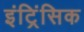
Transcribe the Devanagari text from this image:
इंट्रिंसिक